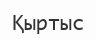
Қыртыс